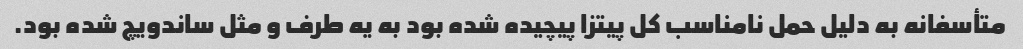
متأسفانه به دلیل حمل نامناسب کل پیتزا پیچیده شده بود به یه طرف و مثل ساندویچ شده بود.